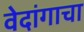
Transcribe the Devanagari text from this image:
वेदांगाचा